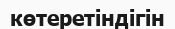
көтеретіндігін